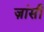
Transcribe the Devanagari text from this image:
ज़ांसी